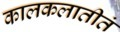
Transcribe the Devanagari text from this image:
कालकलातीतं